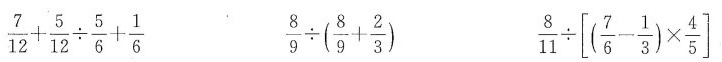
$$\frac { 7 } { 1 2 } + \frac { 5 } { 1 2 } \div \frac { 5 } { 6 } + \frac { 1 } { 6 }$$ $$\frac { 8 } { 9 } \div ( \frac { 8 } { 9 } + \frac { 2 } { 3 } )$$ $$\frac { 8 } { 1 1 } \div \left [ ( \frac { 7 } { 6 } - \frac { 1 } { 3 } ) \times \frac { 4 } { 5 } \right ]$$